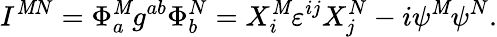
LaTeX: I^{\mathit{M}N}=\Phi_{a}^{\mathit{M}}g^{ab}\Phi_{b}^{N}=X_{i}^{\mathit{M}}\varepsilon^{ij}X_{j}^{N}-i\psi^{\mathit{M}}\psi^{N}.